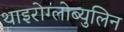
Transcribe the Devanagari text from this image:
थाइरोग्लोब्युलिन